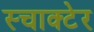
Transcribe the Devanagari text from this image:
स्चाक्टेर